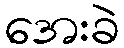
အေးခဲ